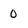
Character: 0